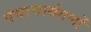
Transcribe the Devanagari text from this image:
पंचाचार्यगणों